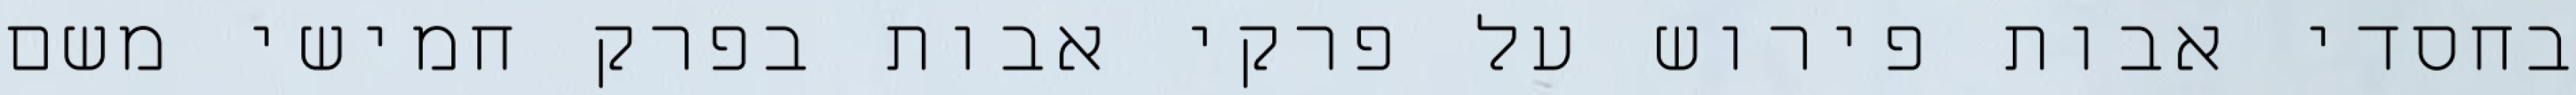
בחסדי אבות פירוש על פרקי אבות בפרק חמישי משם